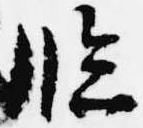
臨